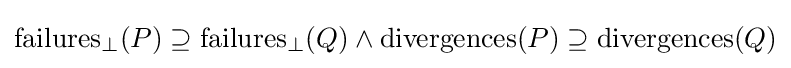
\mathrm {failures} _{\bot }(P)\supseteq \mathrm {failures} _{\bot }(Q)\land \mathrm {divergences} (P)\supseteq \mathrm {divergences} (Q)